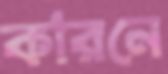
কারনে